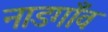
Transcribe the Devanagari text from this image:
नाडगाँव